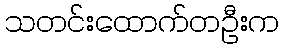
သတင်းထောက်တဦးက